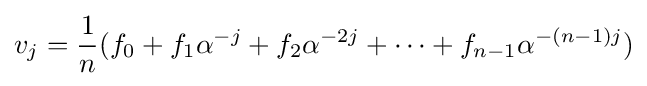
v_{j}={\frac {1}{n}}(f_{0}+f_{1}\alpha ^{-j}+f_{2}\alpha ^{-2j}+\cdots +f_{n-1}\alpha ^{-(n-1)j})